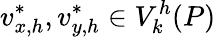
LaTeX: {v_{x,h}^{\ast},v_{y,h}^{\ast}\in V_{k}^{h}({P})}